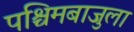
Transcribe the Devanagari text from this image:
पश्चिमबाजुला